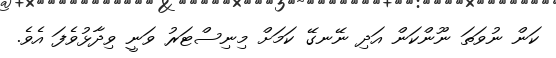
ކަން ނުވަތަ ނޫންކަން އަދި ނޭނގޭ ކަމަށް މިނިސްޓަރު ވަނީ ވިދާޅުވެފަ އެވެ.